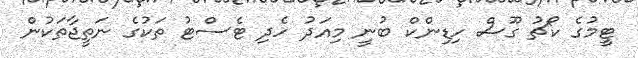
ޓީމުގެ ކޯޗު ގޫސް ހިޑިންކް ބުނީ މިއަދު ހެދި ޓެސްޓު ތަކުގެ ނަތީޖާތަކުން